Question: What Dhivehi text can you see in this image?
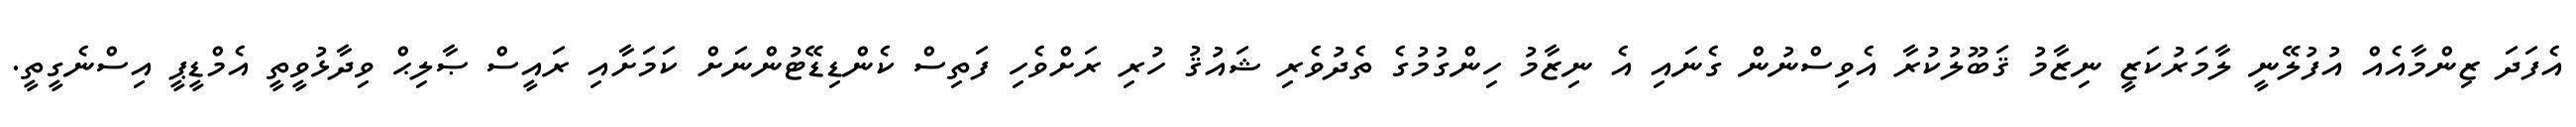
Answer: އެފަދަ ޒިންމާއެއް އުފުލޭނީ ލާމަރުކަޒީ ނިޒާމު ޤަބޫލުކުރާ އެވިސްނުން ގެނައި އެ ނިޒާމު ހިންގުމުގެ ތެދުވެރި ޝައުޤު ހުރި ރަށްވެހި ފަތިސް ކެންޑިޑޭޓުންނަށް ކަމަށާއި ރައީސް ޞާލިޙް ވިދާޅުވީތީ އެމްޑީޕީ އިސްނެގީތީ.